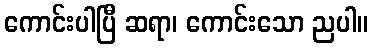
ကောင်းပါပြီ ဆရာ၊ ကောင်းသော ညပါ။